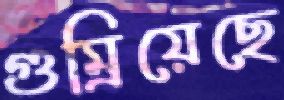
গুম্‌রিয়েছে